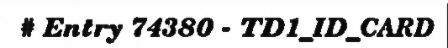
# Entry 74380 - TD1_ID_CARD